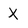
Character: X